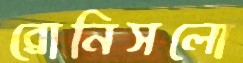
ব্রোনিসলো